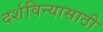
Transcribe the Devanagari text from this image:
दर्शविन्यासाठी